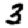
Digit: 3